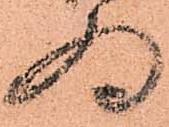
為